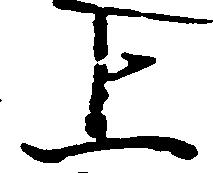
上